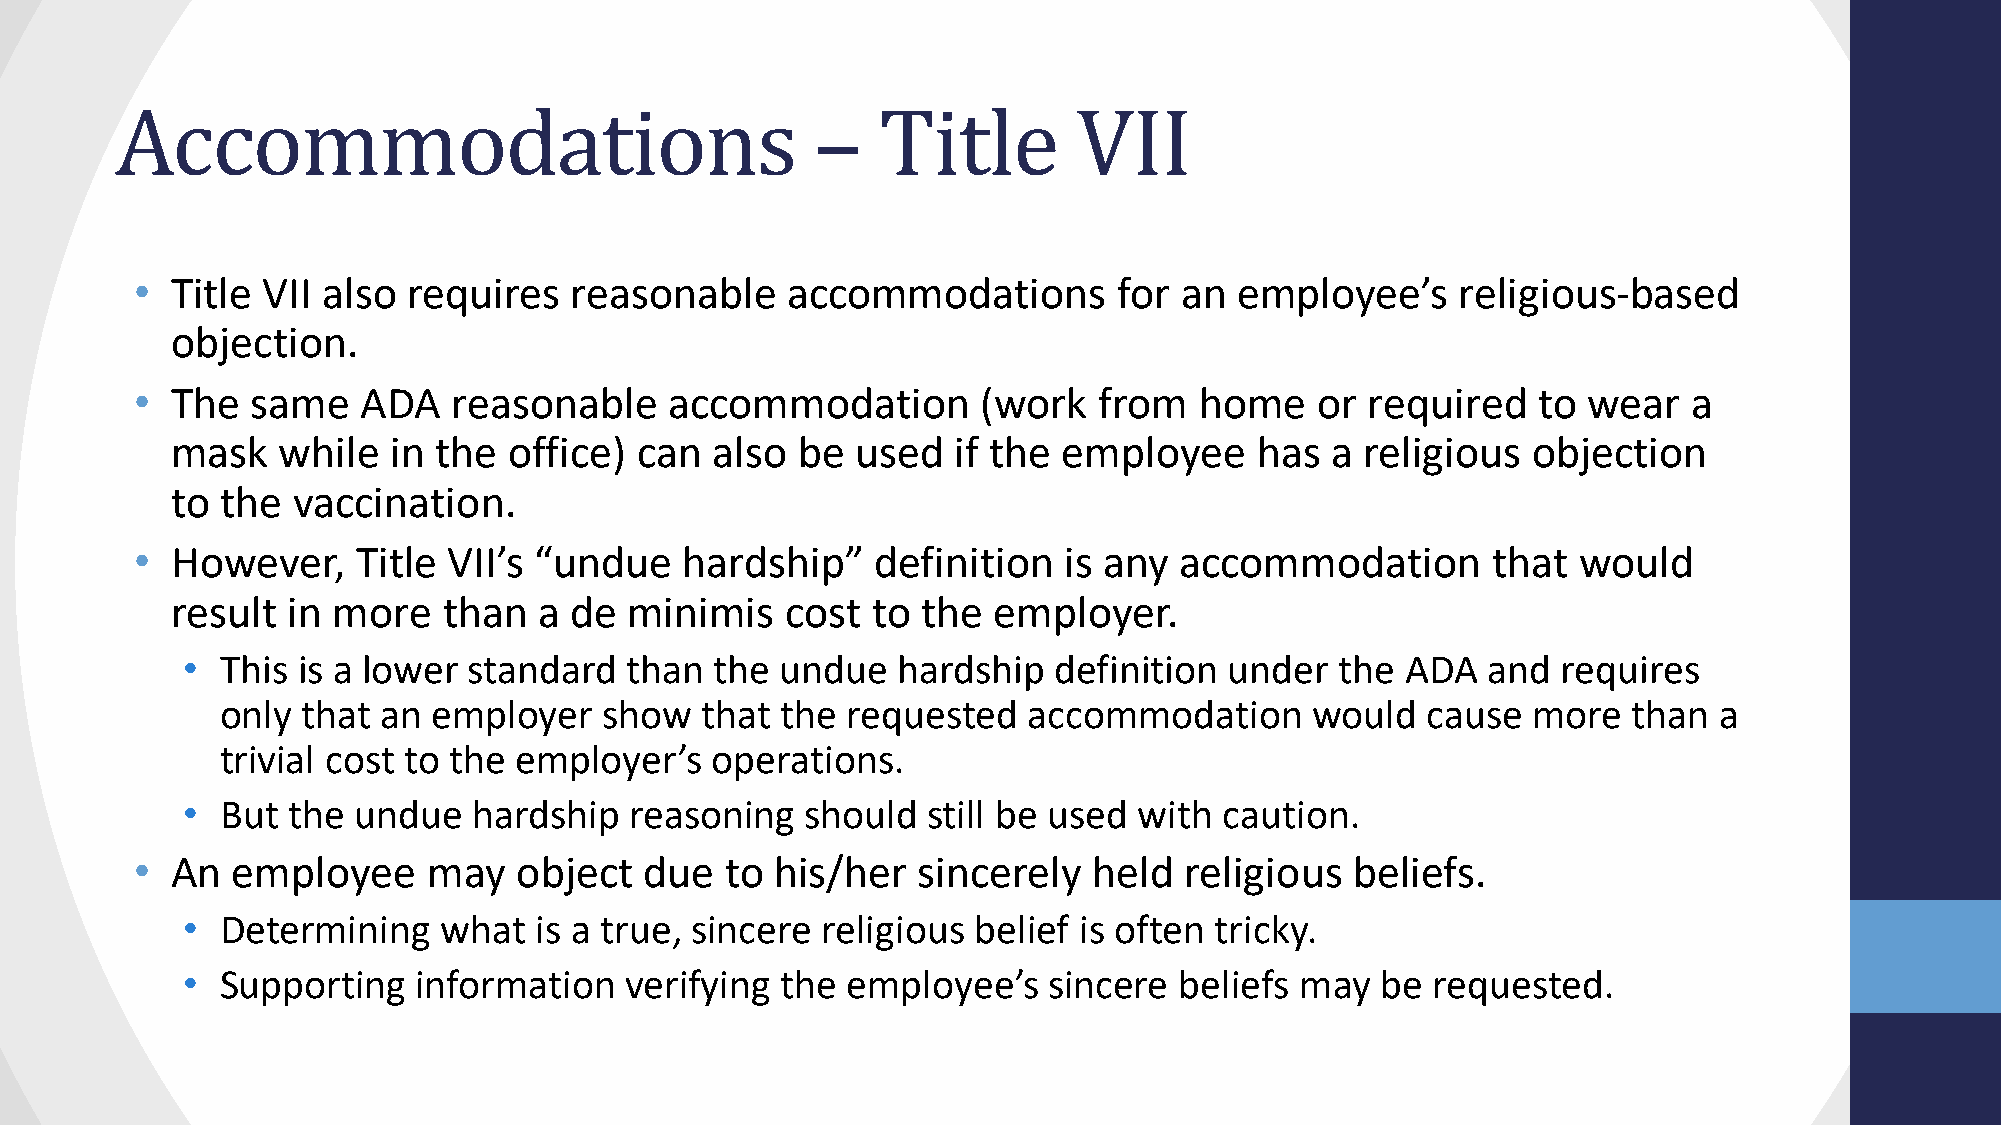
Accommodations                                –   Title        VII
 • Title VII also  requires   reasonable    accommodations        for an  employee’s     religious-based
 objection.
 • The   same   ADA   reasonable    accommodation        (work   from  home    or  required   to wear   a
 mask   while   in the  office) can  also  be  used  if the employee     has  a religious  objection
 to  the vaccination.
 • However,     Title VII’s “undue   hardship”    definition  is any  accommodation        that would
 result  in more   than   a de  minimis   cost  to the  employer.
 •  This is a lower standard  than  the  undue  hardship   definition under   the ADA  and  requires
 only that an  employer   show  that  the requested   accommodation      would  cause  more   than  a
 trivial cost to the employer’s  operations.
 •  But the undue   hardship   reasoning  should  still be used with  caution.
 • An  employee     may   object   due  to his/her   sincerely  held  religious   beliefs.
 •  Determining   what  is a true, sincere religious  belief is often tricky.
 •  Supporting   information  verifying  the employee’s   sincere  beliefs may  be  requested.